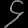
Digit: ၄